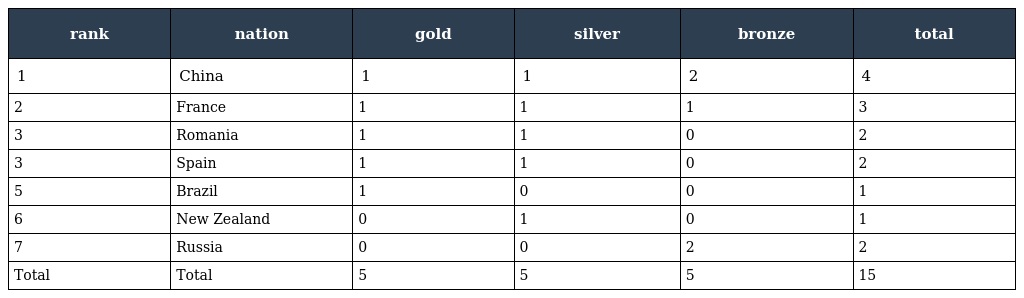
| rank | nation | gold | silver | bronze | total |
 | --- | --- | --- | --- | --- | --- |
 | 1 | China | 1 | 1 | 2 | 4 |
 | 2 | France | 1 | 1 | 1 | 3 |
 | 3 | Romania | 1 | 1 | 0 | 2 |
 | 3 | Spain | 1 | 1 | 0 | 2 |
 | 5 | Brazil | 1 | 0 | 0 | 1 |
 | 6 | New Zealand | 0 | 1 | 0 | 1 |
 | 7 | Russia | 0 | 0 | 2 | 2 |
 | Total | Total | 5 | 5 | 5 | 15 |